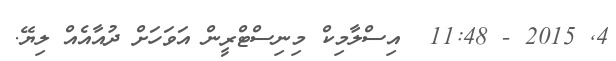
4